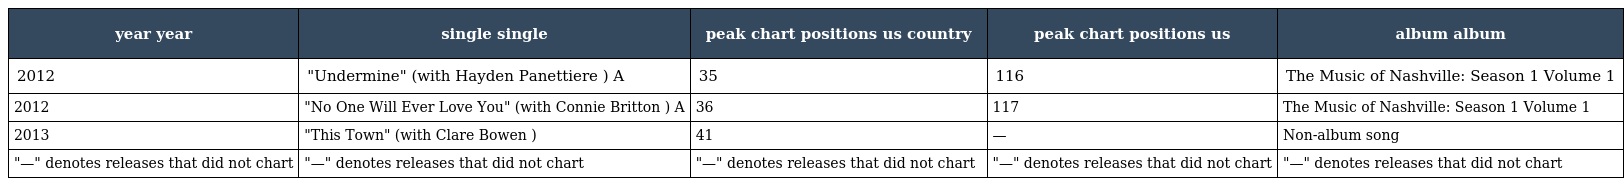
| year year | single single | peak chart positions us country | peak chart positions us | album album |
 | --- | --- | --- | --- | --- |
 | 2012 | "Undermine" (with Hayden Panettiere ) A | 35 | 116 | The Music of Nashville: Season 1 Volume 1 |
 | 2012 | "No One Will Ever Love You" (with Connie Britton ) A | 36 | 117 | The Music of Nashville: Season 1 Volume 1 |
 | 2013 | "This Town" (with Clare Bowen ) | 41 | — | Non-album song |
 | "—" denotes releases that did not chart | "—" denotes releases that did not chart | "—" denotes releases that did not chart | "—" denotes releases that did not chart | "—" denotes releases that did not chart |